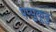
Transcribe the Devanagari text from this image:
पप्पुकूडु